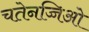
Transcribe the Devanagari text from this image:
चतेनच्चिओ